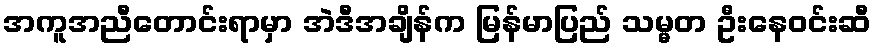
အကူအညီတောင်းရာမှာ အဲဒီအချိန်က မြန်မာပြည် သမ္မတ ဦးနေဝင်းဆီ